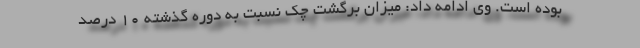
بوده است. وی ادامه داد: میزان برگشت چک نسبت به دوره گذشته 10 درصد